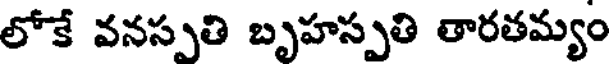
లోకే వనస్పతి బృహస్పతి తారతమ్యం